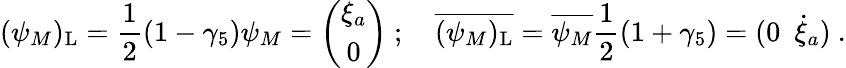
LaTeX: (\psi_{M})_{\mathrm{L}}=\frac{1}{2}(1-\gamma_{5})\psi_{M}=\left(\begin{array}{c}{{\xi_{a}}}\\ {{0}}\end{array}\right)~;~~~~{\overline{{{(\psi_{M})_{\mathrm{L}}}}}}=\overline{{{\psi_{M}}}}\frac{1}{2}(1+\gamma_{5})=(0~~\dot{\xi}_{a})~.